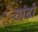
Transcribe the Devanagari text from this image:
ठांढ़ो